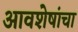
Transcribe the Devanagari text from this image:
आवशेषांचा